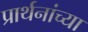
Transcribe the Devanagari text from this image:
प्रार्थनांच्या